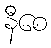
နီစေ